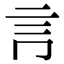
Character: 𧥛